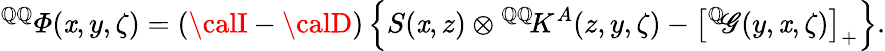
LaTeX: {^{\mathbb{Q}\mathbb{Q}}{\mit\Phi}}(\mathit{x},y,\zeta)=({\calI}-{\calD})\left\{ S(\mathit{x},z)\otimes{^{\mathbb{Q}\mathbb{Q}}\! K^{A}}(z,y,\zeta)-\left[{^{\mathbb{Q}}\! \mathscr{G}}(y,\mathit{x},\zeta)\right]_{+}\right\} .